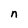
Character: n